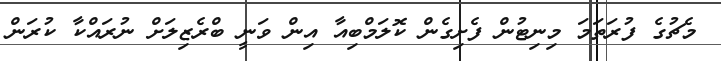
މެޗުގެ ފުރަތަމަ މިނިޓުން ފެށިގެން ކޮލަމްބިއާ އިން ވަނީ ބްރެޒިލަށް ނުރައްކާ ކުރަން